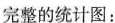
完整的统计图